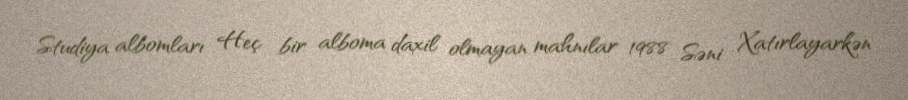
Studiya albomları Heç bir alboma daxil olmayan mahnılar 1988 Səni Xatırlayarkən